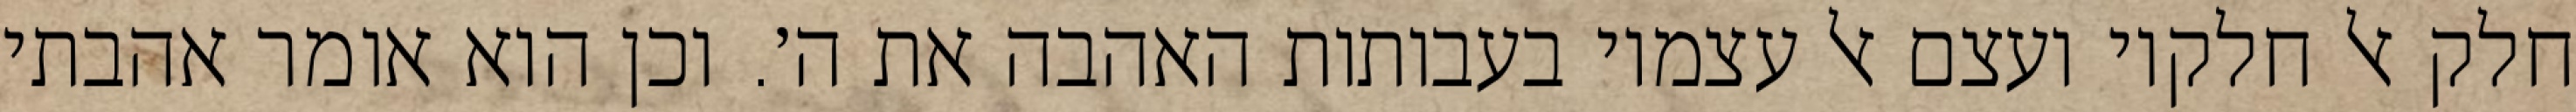
חלק אל חלקיו ועצם אל עצמיו בעבותות האהבה את ה׳. וכן הוא אומר אהבתי